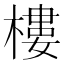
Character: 樓